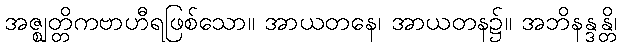
အဇ္ဈတ္တိကဗာဟီရဖြစ်သော။ အာယတနေ၊ အာယတန၌။ အဘိနန္ဒန္တိ၊